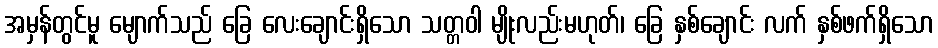
အမှန်တွင်မူ မျောက်သည် ခြေ လေးချောင်းရှိသော သတ္တဝါ မျိုးလည်းမဟုတ်၊ ခြေ နှစ်ချောင်း လက် နှစ်ဖက်ရှိသော